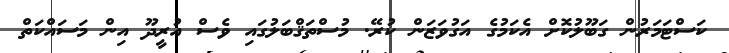
ކަސްޓަމަރުން ގަބޫލުކޮށް އެކަމުގެ އަގުވަޒަން ކުރޭ. މުސްތަޤްބަލުގައި ވެސް އުރީދޫ އިން މަސައްކަތް